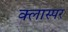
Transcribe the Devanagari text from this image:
क्लास्पर